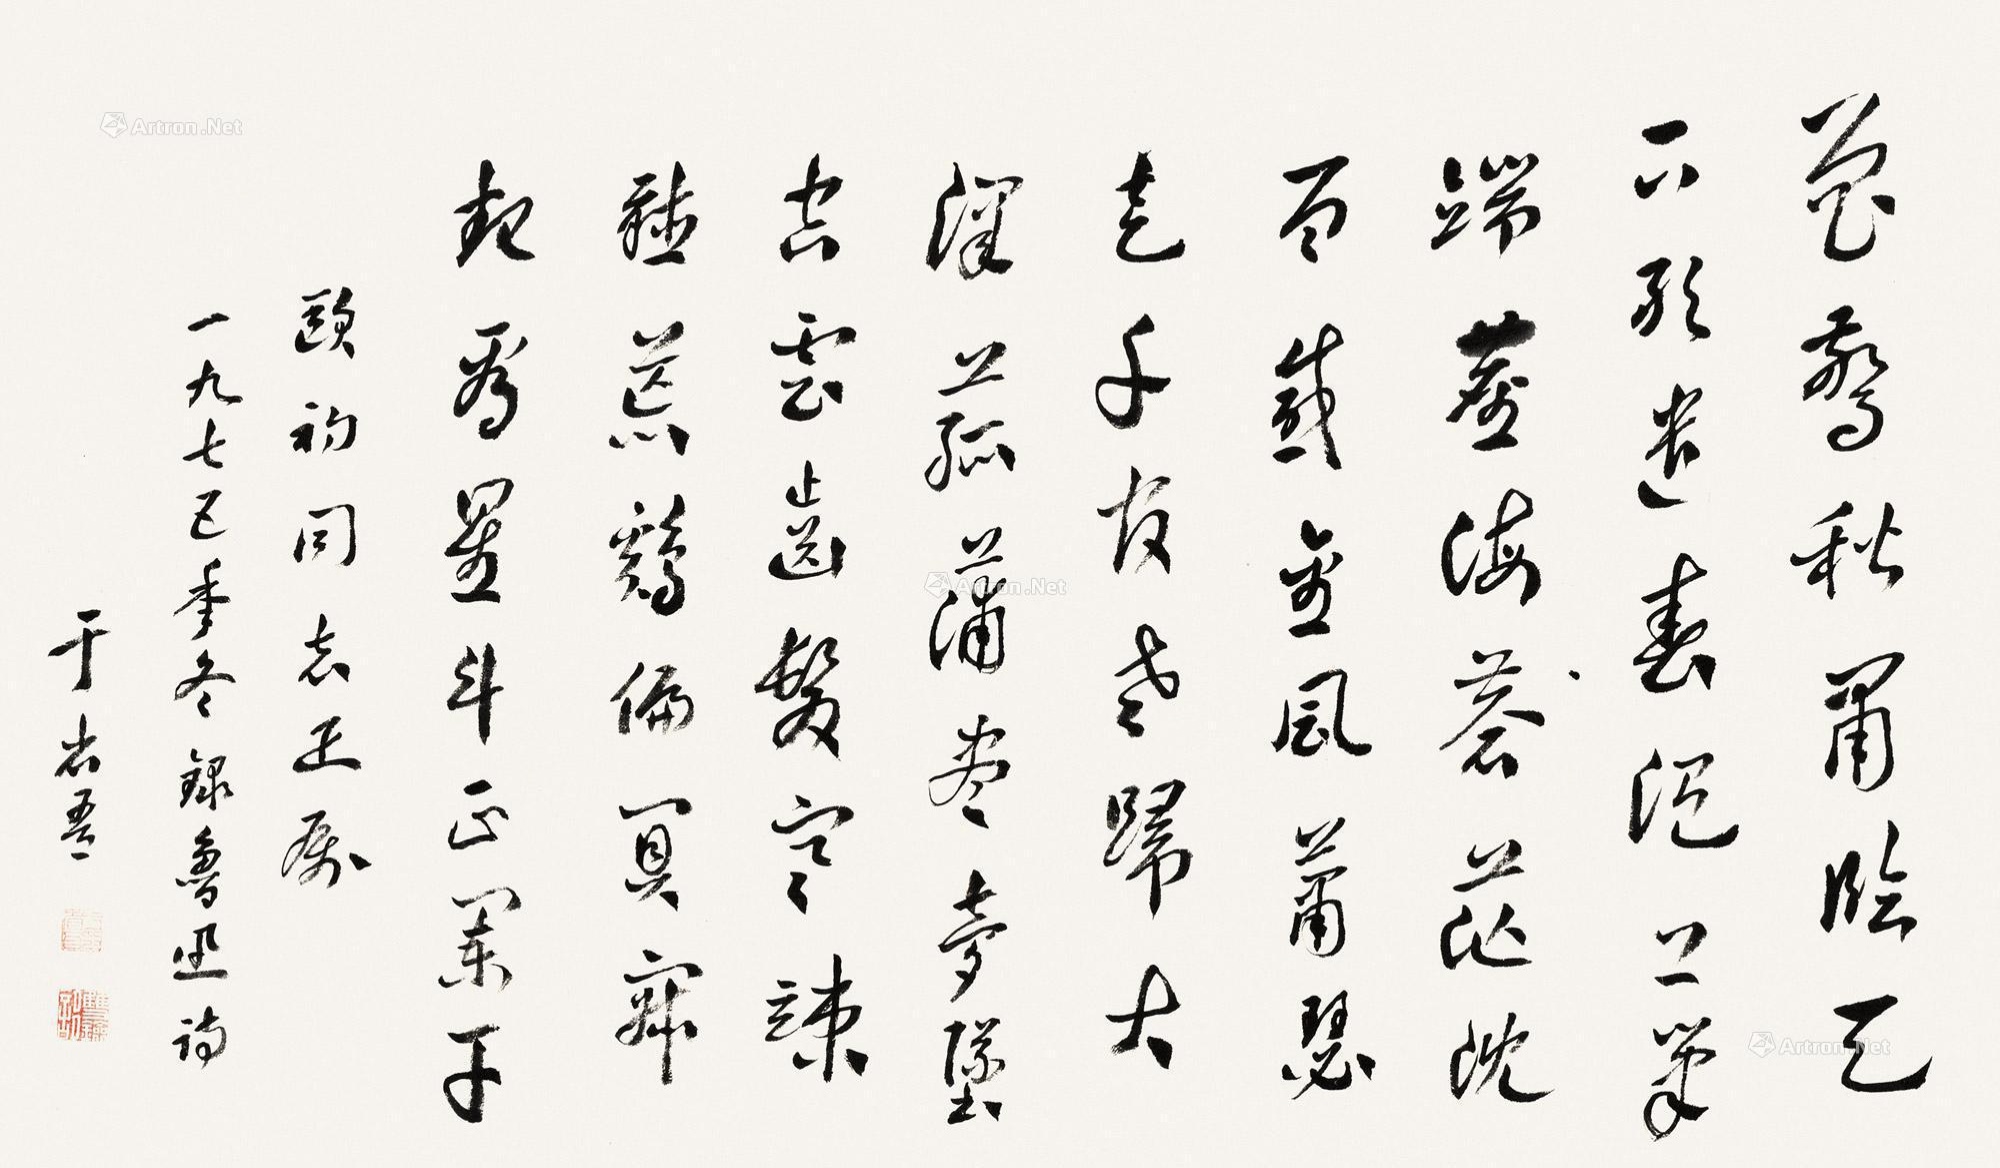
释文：曾惊秋肃临天下，敢遣春温上笔端。尘海苍茫沉百感，金风萧瑟走千官。老归大泽菰蒲尽，梦坠空云齿发寒。竦听荒鸡偏阒寂，起看星斗正阑干。欧初同志雅属，一九七五年冬录鲁迅诗，于省吾。